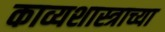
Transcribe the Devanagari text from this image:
काव्यशास्त्राच्या